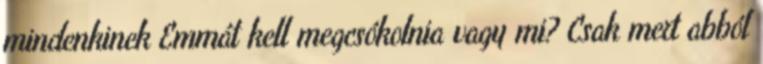
mindenkinek Emmát kell megcsókolnia vagy mi? Csak mert abból